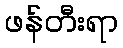
ဖန်တီးရာ